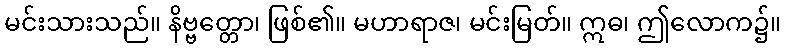
မင်းသားသည်။ နိဗ္ဗတ္တော၊ ဖြစ်၏။ မဟာရာဇ၊ မင်းမြတ်။ ဣဓ၊ ဤလောက၌။